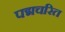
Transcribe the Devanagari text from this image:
पद्मचरित